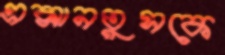
এক্সানতুসকে